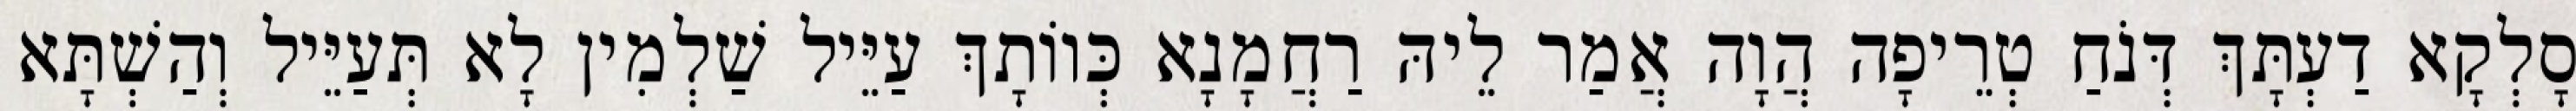
סָלְקָא דַעְתָּךְ דְּנֹחַ טְרֵיפָה הֲוָה אֲמַר לֵיהּ רַחֲמָנָא כְּווֹתָךְ עַיֵּיל שַׁלְמִין לָא תְּעַיֵּיל וְהַשְׁתָּא